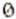
0